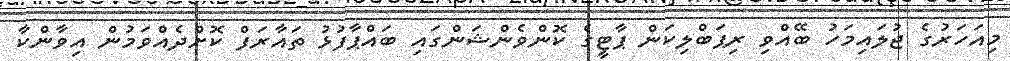
މިއަހަރުގެ ޖުލައިމަހު ބޭއްވި ރިޕަބްލިކަން ޕާޓީގެ ކޮންވެންޝަންގައި ބައްޕާފުޅު ތައާރަފް ކޮށްދެއްވަމުން އިވާންކާ